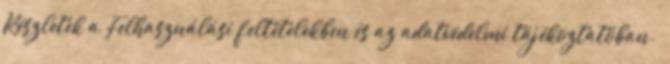
Részletek a Felhasználási feltételekben és az adatvédelmi tájékoztatóban.